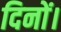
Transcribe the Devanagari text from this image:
दिनों।